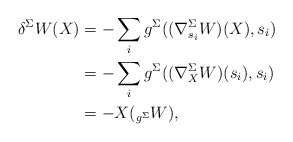
\begin{align*}{\delta}^{\Sigma}W(X) & = - \sum_i g^{\Sigma}((\nabla^{\Sigma}_{s_i}W)(X),s_i)\\& = - \sum_i g^{\Sigma}((\nabla^{\Sigma}_{X}W)(s_i),s_i) \\ & = - X(_{g^{\Sigma}}W),\end{align*}